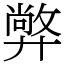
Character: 㢢